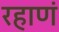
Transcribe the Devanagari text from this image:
रहाणं